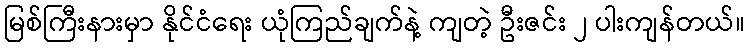
မြစ်ကြီးနားမှာ နိုင်ငံရေး ယုံကြည်ချက်နဲ့ ကျတဲ့ ဦးဇင်း ၂ ပါးကျန်တယ်။